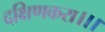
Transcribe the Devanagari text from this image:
दक्षिणकरा।।।